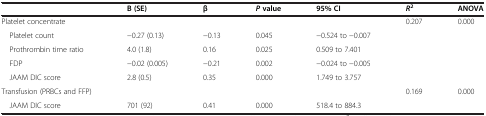
<table><thead><tr><td>[EMPTY_CELL]</td><td><b>B (SE)</b></td><td><b>β</b></td><td><b><i>P </i>value</b></td><td><b>95% CI</b></td><td><b><i>R</i><sup>2</sup></b></td><td><b>ANOVA</b></td></tr></thead><tbody><tr><td>Platelet concentrate</td><td>[EMPTY_CELL]</td><td>[EMPTY_CELL]</td><td>[EMPTY_CELL]</td><td>[EMPTY_CELL]</td><td>0.207</td><td>0.000</td></tr><tr><td> Platelet count</td><td>−0.27 (0.13)</td><td>−0.13</td><td>0.045</td><td>−0.524 to −0.007</td><td>[EMPTY_CELL]</td><td>[EMPTY_CELL]</td></tr><tr><td> Prothrombin time ratio</td><td>4.0 (1.8)</td><td>0.16</td><td>0.025</td><td>0.509 to 7.401</td><td>[EMPTY_CELL]</td><td>[EMPTY_CELL]</td></tr><tr><td> FDP</td><td>−0.02 (0.005)</td><td>−0.21</td><td>0.002</td><td>−0.024 to −0.005</td><td>[EMPTY_CELL]</td><td>[EMPTY_CELL]</td></tr><tr><td> JAAM DIC score</td><td>2.8 (0.5)</td><td>0.35</td><td>0.000</td><td>1.749 to 3.757</td><td>[EMPTY_CELL]</td><td>[EMPTY_CELL]</td></tr><tr><td>Transfusion (PRBCs and FFP)</td><td>[EMPTY_CELL]</td><td>[EMPTY_CELL]</td><td>[EMPTY_CELL]</td><td>[EMPTY_CELL]</td><td>0.169</td><td>0.000</td></tr><tr><td> JAAM DIC score</td><td>701 (92)</td><td>0.41</td><td>0.000</td><td>518.4 to 884.3</td><td>[EMPTY_CELL]</td><td>[EMPTY_CELL]</td></tr></tbody></table>